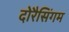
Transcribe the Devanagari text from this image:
दोरैसिंगम